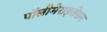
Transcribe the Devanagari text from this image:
पॉलीमेराइजेसन